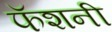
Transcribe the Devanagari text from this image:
फॅशनी